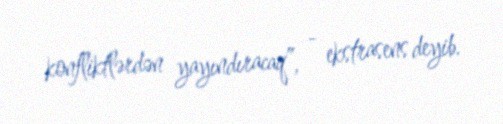
konfliktlərdən yayındıracaq”, - ekstrasens deyib.